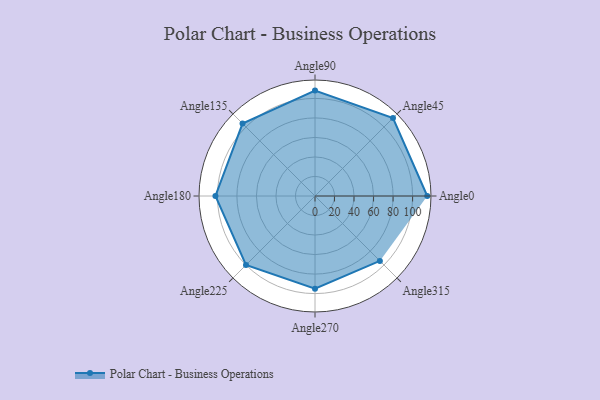
{"axis": {"x": "Angle", "y": "Radius"}, "legend": [""], "data": [{"x": "Angle0", "y": 115.0, "type": ""}, {"x": "Angle45", "y": 113.0, "type": ""}, {"x": "Angle90", "y": 108.0, "type": ""}, {"x": "Angle135", "y": 105.0, "type": ""}, {"x": "Angle180", "y": 102.0, "type": ""}, {"x": "Angle225", "y": 100.0, "type": ""}, {"x": "Angle270", "y": 95.0, "type": ""}, {"x": "Angle315", "y": 94.0, "type": ""}]}